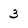
Character: 3